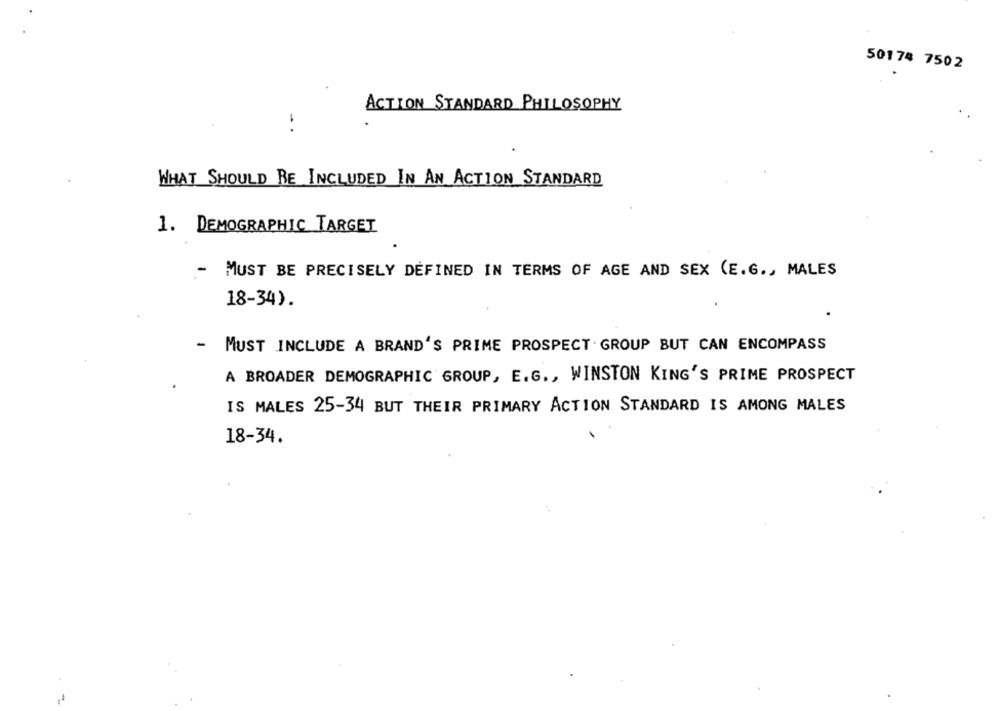
50174 7502
ACTION STANDARD PHILOSOPHY
WHAT SHOULD BE INCLUDED IN AN ACTION STANDARD
1. DEMOGRAPHIC TARGET
-
MUST BE PRECISELY DEFINED IN TERMS OF AGE AND SEX (E.G ., MALES
18-34).
- MUST INCLUDE A BRAND'S PRIME PROSPECT GROUP BUT CAN ENCOMPASS
A BROADER DEMOGRAPHIC GROUP, E.G ., WINSTON KING'S PRIME PROSPECT
IS MALES 25-34 BUT THEIR PRIMARY ACTION STANDARD IS AMONG MALES
18-34.